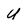
Character: U